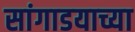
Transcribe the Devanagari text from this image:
सांगाडयाच्या